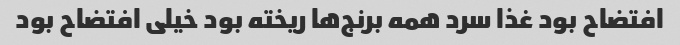
افتضاح بود غذا سرد همه برنج‌ها ریخته بود خیلی افتضاح بود